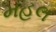
મહલ